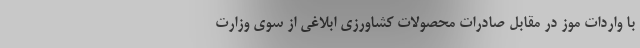
با واردات موز در مقابل صادرات محصولات کشاورزی ابلاغی از سوی وزارت